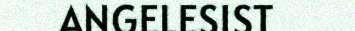
ANGELESIST